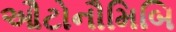
ઔટોનૌમિબિ